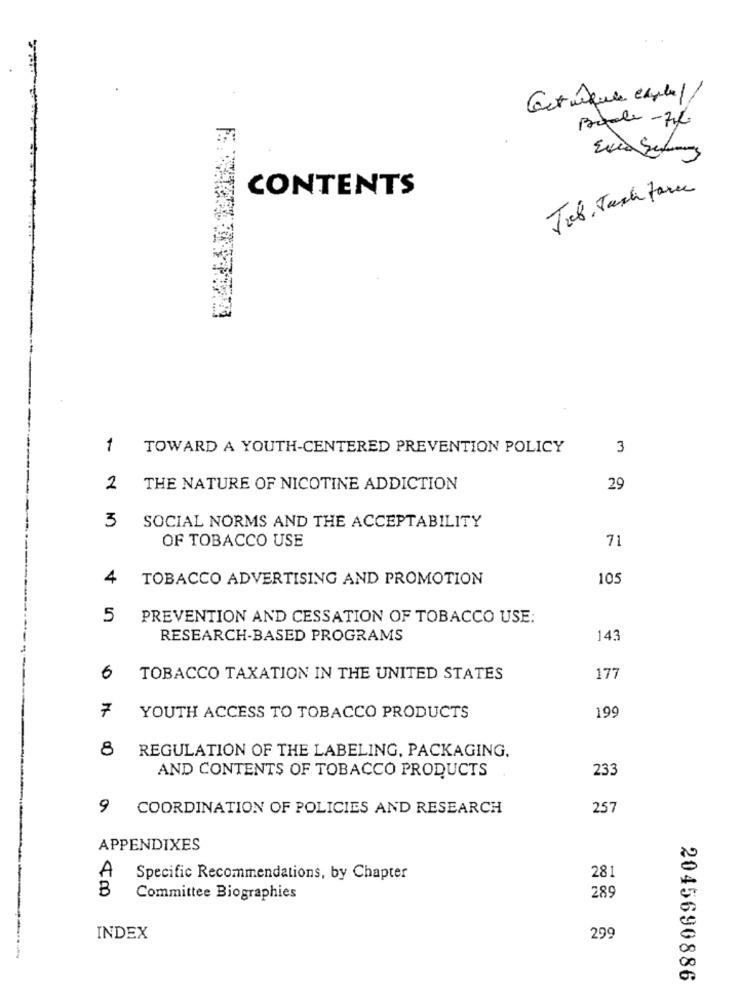
Getúque capital/
CONTENTS
Job, Task force
1
TOWARD A YOUTH-CENTERED PREVENTION POLICY
3
2
THE NATURE OF NICOTINE ADDICTION
29
3
SOCIAL NORMS AND THE ACCEPTABILITY
OF TOBACCO USE
71
4
TOBACCO ADVERTISING AND PROMOTION
105
5 PREVENTION AND CESSATION OF TOBACCO USE:
RESEARCH-BASED PROGRAMS
143
6
TOBACCO TAXATION IN THE UNITED STATES
177
7
199
YOUTH ACCESS TO TOBACCO PRODUCTS
8
REGULATION OF THE LABELING, PACKAGING.
AND CONTENTS OF TOBACCO PRODUCTS
233
9 COORDINATION OF POLICIES AND RESEARCH
257
APPENDIXES
A
Specific Recommendations, by Chapter
281
B
Committee Biographies
289
INDEX
299
2045690886